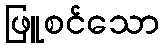
ဖြူစင်သော